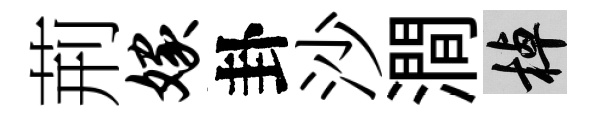
荊嫁卦沙澗棹